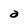
Character: a